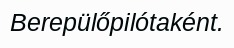
Berepülőpilótaként.